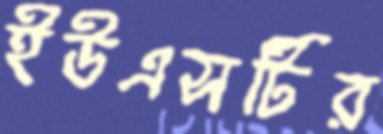
ইউএসটির